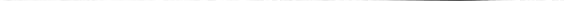
___